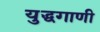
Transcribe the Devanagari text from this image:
युद्धगाणी